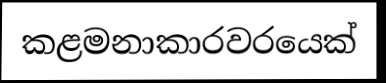
කළමනාකාරවරයෙක්